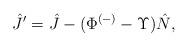
LaTeX: \begin{align*}\hat J'=\hat J-(\Phi^{(-)}-\Upsilon)\hat N,\end{align*}